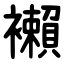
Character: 襰